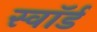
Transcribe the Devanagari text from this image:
स्वाॅर्ड